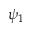
\psi _ { 1 }